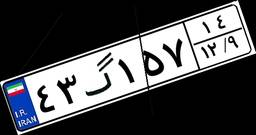
۴۳گ۱۵۷۱۴